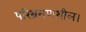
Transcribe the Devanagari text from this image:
परिभ्रमणशील।